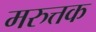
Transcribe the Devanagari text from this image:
मरुत्तक